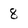
Character: 8